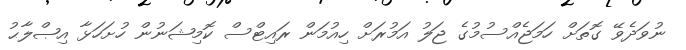
ނުވަދެވޭ ގޮތަށް ހަމަޖެއްސުމުގެ ޖަލު އަމުރަށް ހިއުމަން ރައިޓްސް ކޮމިޝަނުން ހުށަހަޅާ އިޞްލާޙު